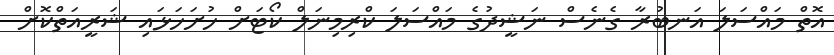
އޮތް މައްސަލަ އަނބުރާ ގެނެސް ނަޝީދުގެ މައްސަލަ ކްރިމިނަލް ކޯޓަށް ހުށަހަޅައި ޝަރީއަތްކޮށް